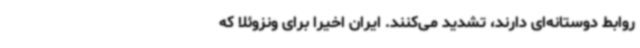
روابط دوستانه‌ای دارند، تشدید می‌کنند. ایران اخیرا برای ونزوئلا که